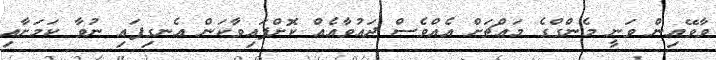
ވާވޭއިން ވަނީ މެންގްގެ މައްޗަށް އެއްވެސް ދައުވާއެއް ކޮށްފައިވާކަން އެނގިފައި ނުވާ ކަމަށާއި